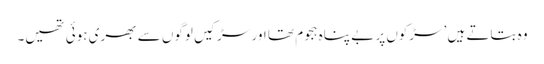
وہ بتاتے ہیں ’سڑکوں پر بے پناہ ہجوم تھا اور سڑکیں لوگوں سے بھری ہوئی تھیں۔